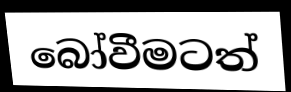
බෝවීමටත්